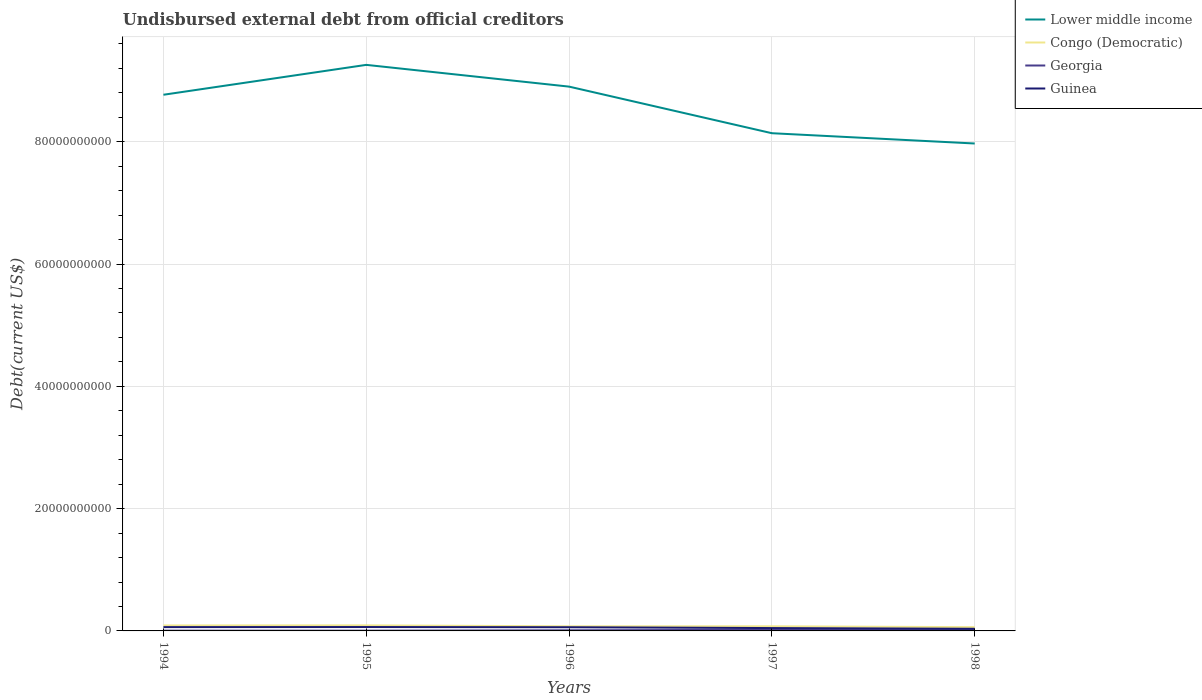
| Years | Lower middle income | Congo (Democratic) | Georgia | Guinea |
 | --- | --- | --- | --- | --- |
 | 1994 | 8.77e+10 | 8.93e+08 | 4.58e+07 | 6.25e+08 |
 | 1995 | 9.26e+10 | 9.08e+08 | 4.22e+07 | 6.36e+08 |
 | 1996 | 8.9e+10 | 7.57e+08 | 1.05e+08 | 6.03e+08 |
 | 1997 | 8.14e+10 | 7.53e+08 | 1.81e+08 | 4.68e+08 |
 | 1998 | 7.97e+10 | 6.15e+08 | 2.71e+08 | 3.5e+08 |